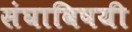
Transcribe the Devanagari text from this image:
संघाविषयी